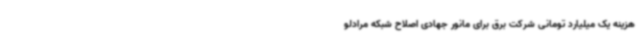
هزینه یک میلیارد تومانی شرکت برق برای مانور جهادی اصلاح شبکه مرادلو